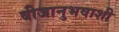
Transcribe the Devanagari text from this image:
बीजानुभवाशी